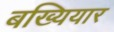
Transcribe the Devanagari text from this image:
बख्यियार